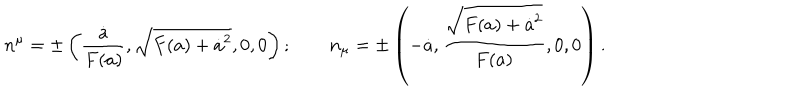
n ^ { \mu } = \pm \left( { \frac { \dot { a } } { F ( a ) } } , \sqrt { F ( a ) + \dot { a } ^ { 2 } } , 0 , 0 \right) ; \qquad n _ { \mu } = \pm \left( - \dot { a } , { \frac { \sqrt { F ( a ) + \dot { a } ^ { 2 } } } { F ( a ) } } , 0 , 0 \right) .